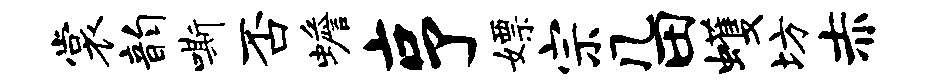
裳韵嘶否蟾亨嫖宗几田蠖坊赤